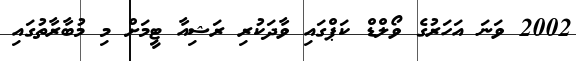
2002 ވަނަ އަހަރުގެ ވޯލްޑް ކަޕްގައި ވާދަކުރި ރަޝިއާ ޓީމަށް މި މުބާރާތުގައި